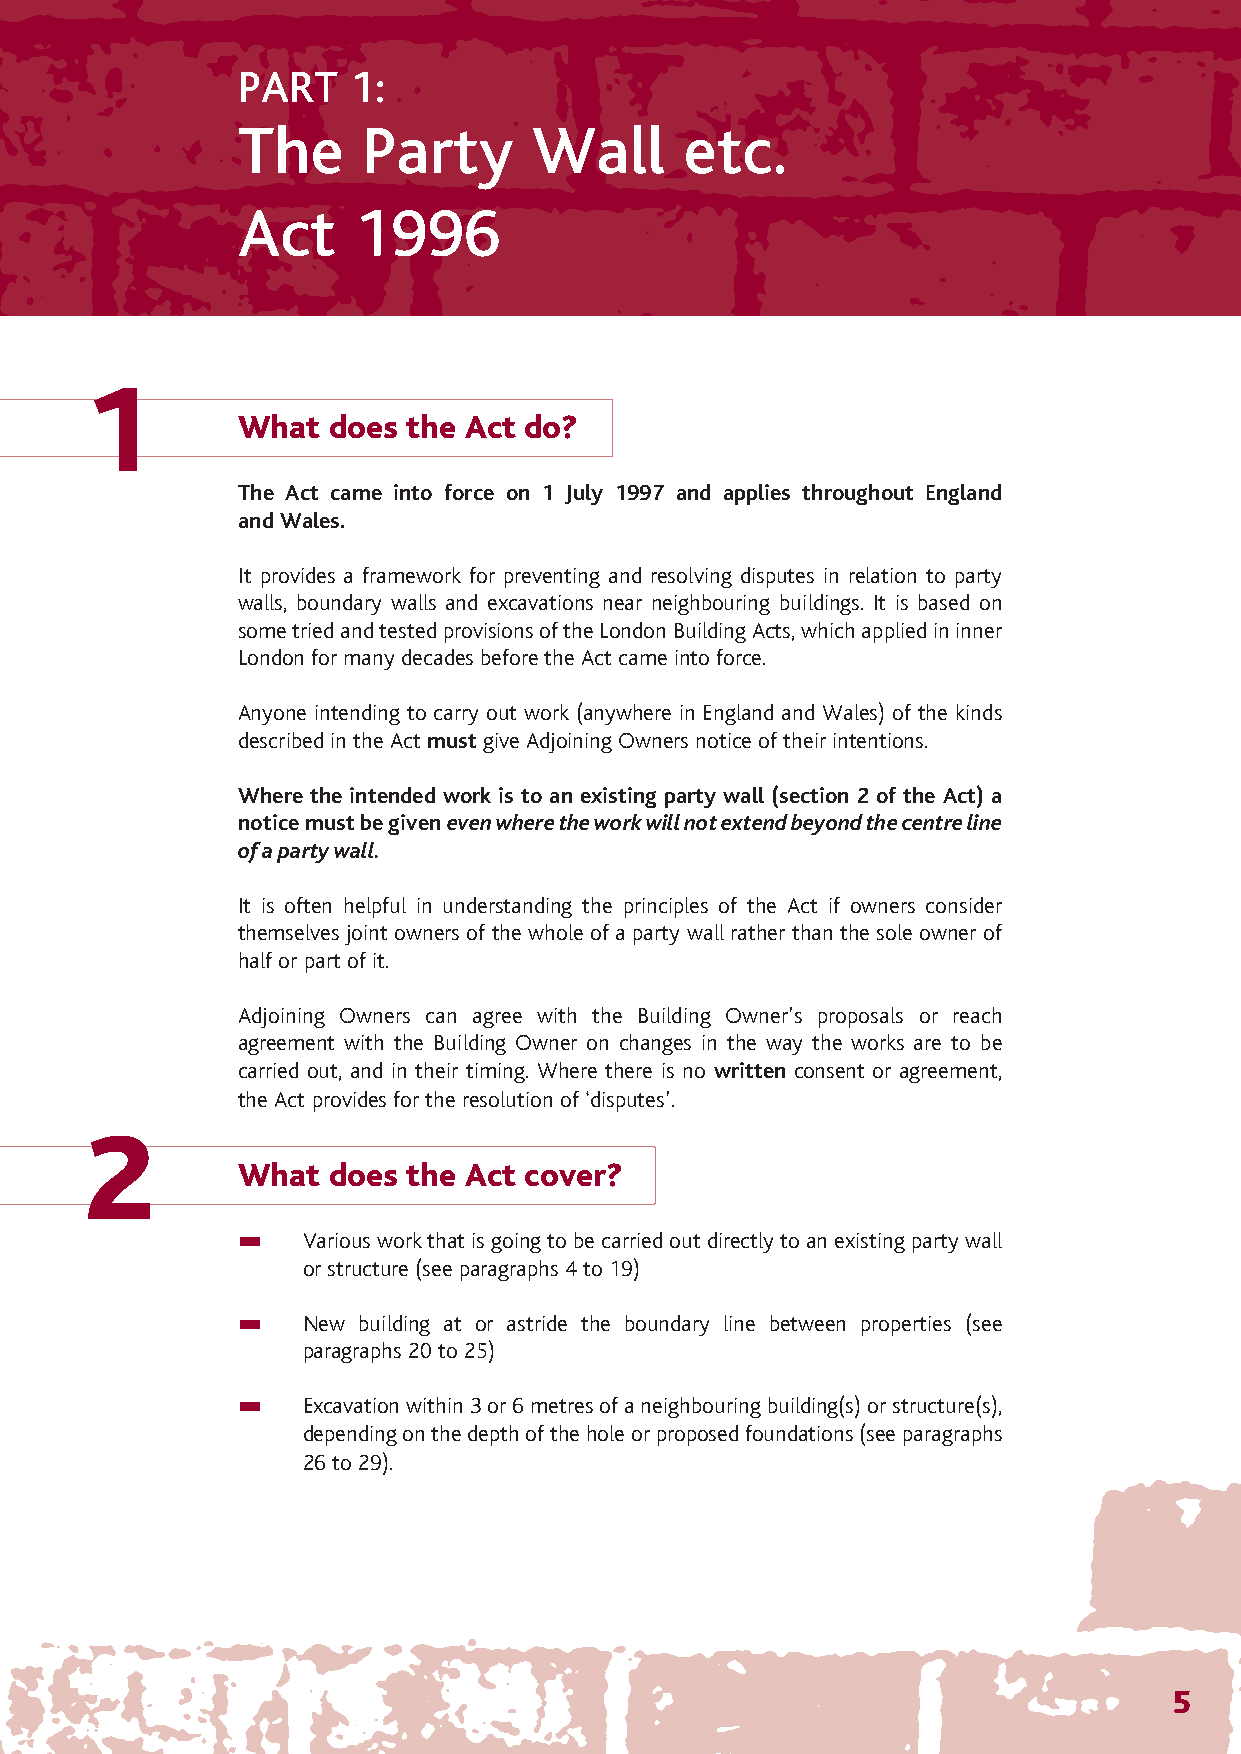
The Party Wall 12/4/07 14:28 Page 8
 PART   1:
 The     Party      Wall      etc.
 Act    1996
 1
 What  does the Act do?
 The Act came into force on 1 July 1997 and applies throughout England
 and Wales.
 It provides a framework for preventing and resolving disputes in relation to party
 walls, boundary walls and excavations near neighbouring buildings. It is based on
 some tried and tested provisions of the London Building Acts, which applied in inner
 London for many decades before the Act came into force.
 Anyone intending to carry out work (anywhere in England and Wales) of the kinds
 described in the Act must give Adjoining Owners notice of their intentions.
 Where the intended work is to an existing party wall (section 2 of the Act) a
 notice must be given even where the work will not extend beyond the centre line
 of a party wall.
 It is often helpful in understanding the principles of the Act if owners consider
 themselves joint owners of the whole of a party wall rather than the sole owner of
 half or part of it.
 Adjoining Owners can agree with the Building Owner’s proposals or reach
 agreement with the Building Owner on changes in the way the works are to be
 carried out, and in their timing. Where there is no written consent or agreement,
 the Act provides for the resolution of ‘disputes’.
 2
 What  does the Act cover?
 Various work that is going to be carried out directly to an existing party wall
 or structure (see paragraphs 4 to 19)
 New building at or astride the boundary line between properties (see
 paragraphs 20 to 25)
 Excavation within 3 or 6 metres of a neighbouring building(s) or structure(s),
 depending on the depth of the hole or proposed foundations (see paragraphs
 26 to 29).
 5